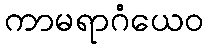
ကာမရာဂံယေဝ